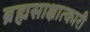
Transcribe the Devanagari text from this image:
ब्रह्मसाक्षात्कारी